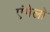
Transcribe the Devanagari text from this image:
एंगेलो